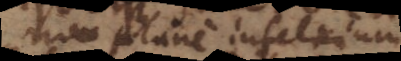
non plane infelicium